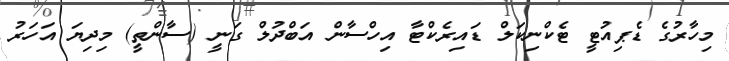
މިހާރުގެ ޑެޕިއުޓީ ޓެކްނިކަލް ޑައިރެކްޓާ އިހްސާން އަބްދުލް ގަނީ (ސާންތީ) މިދިޔަ އަހަރު